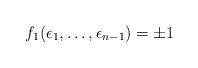
LaTeX: \begin{align*}f_1(\epsilon_1, \dots, \epsilon_{n-1}) =\pm 1\end{align*}